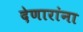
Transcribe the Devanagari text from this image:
देणारांना